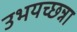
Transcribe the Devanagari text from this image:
उभयच्छन्ना